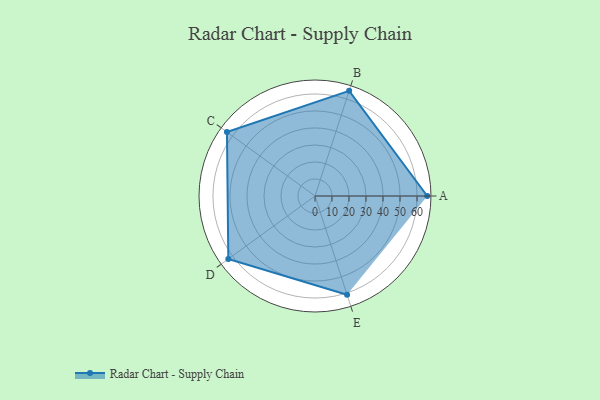
{"axis": {"x": "Skill", "y": "Score"}, "legend": ["Profile"], "data": [{"x": "A", "y": 66.0, "type": "Profile"}, {"x": "B", "y": 65.0, "type": "Profile"}, {"x": "C", "y": 64.0, "type": "Profile"}, {"x": "D", "y": 63.0, "type": "Profile"}, {"x": "E", "y": 61.0, "type": "Profile"}]}